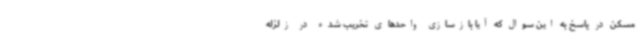
مسکن در پاسخ به این سوال که آیا بازسازی واحدهای تخریب شده در زلزله